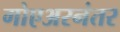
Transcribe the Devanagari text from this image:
गोएअरनंतर